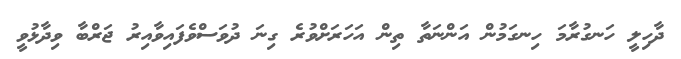
ދާހިލީ ހަނގުރާމަ ހިނގަމުން އަންނަތާ ތިން އަހަރަށްވުރެ ގިނަ ދުވަސްވެފައިވާއިރު ޖަރްބާ ވިދާޅުވީ